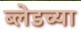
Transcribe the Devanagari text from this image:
ब्लेडच्या